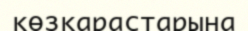
көзқарастарына